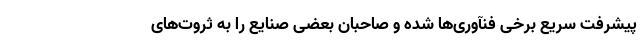
پیشرفت سریع برخی فنآوری‌ها شده و صاحبان بعضی صنایع را به ثروت‌های